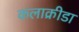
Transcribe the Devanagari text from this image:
कलाक्रीडा